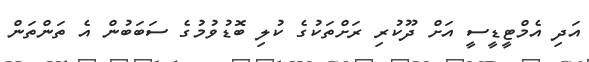
އަދި އެމްޓީޑީސީ އަށް ދޫކުރި ރަށްތަކުގެ ކުލި ބޮޑުވުމުގެ ސަބަބުން އެ ތަންތަން